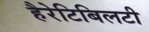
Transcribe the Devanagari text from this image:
हैरेटिबिलटी